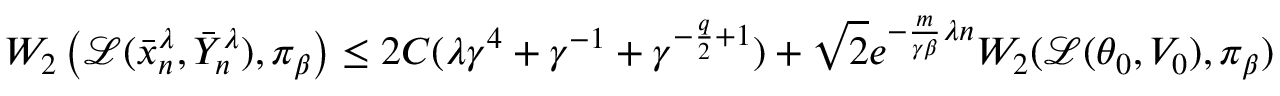
W _ { 2 } \left( \mathcal { L } ( \bar { x } _ { n } ^ { \lambda } , \bar { Y } _ { n } ^ { \lambda } ) , \pi _ { \beta } \right) \leq 2 C ( \lambda \gamma ^ { 4 } + \gamma ^ { - 1 } + \gamma ^ { - \frac { q } { 2 } + 1 } ) + \sqrt { 2 } e ^ { - \frac { m } { \gamma \beta } \lambda n } W _ { 2 } ( \mathcal { L } ( \theta _ { 0 } , V _ { 0 } ) , \pi _ { \beta } )